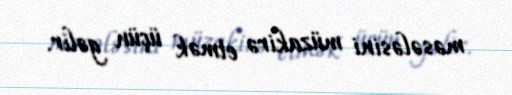
məsələsini müzakirə etmək üçün gəlir.